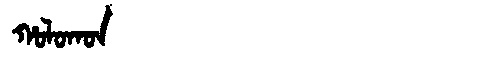
Manchu: ᡥᠣᠯᠣᡴᠣᠨ
Romanization: HOLOKON